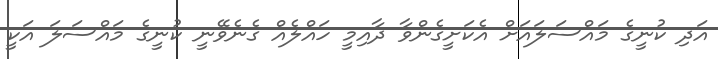
އަދި ކުނީގެ މައްސަލައަށް އެކަށީގެންވާ ދާއިމީ ހައްލެއް ގެނެވޭނީ ކުނީގެ މައްސަލަ އަކީ